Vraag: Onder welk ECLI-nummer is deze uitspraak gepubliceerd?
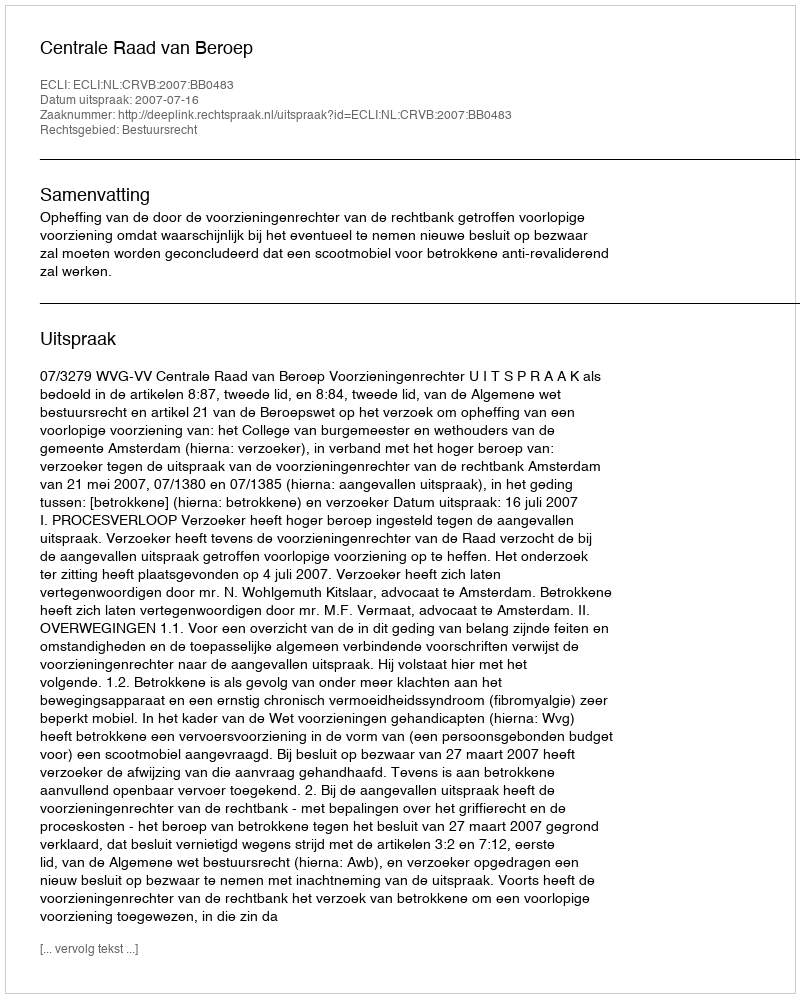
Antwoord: ECLI:NL:CRVB:2007:BB0483